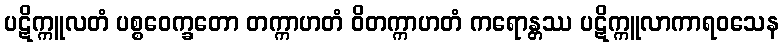
ပဋိက္ကူလတံ ပစ္စဝေက္ခတော တက္ကာဟတံ ဝိတက္ကာဟတံ ကရောန္တဿ ပဋိက္ကူလာကာရဝသေန